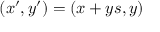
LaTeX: ( x ^ { \prime } , y ^ { \prime } ) = ( x + y s , y )